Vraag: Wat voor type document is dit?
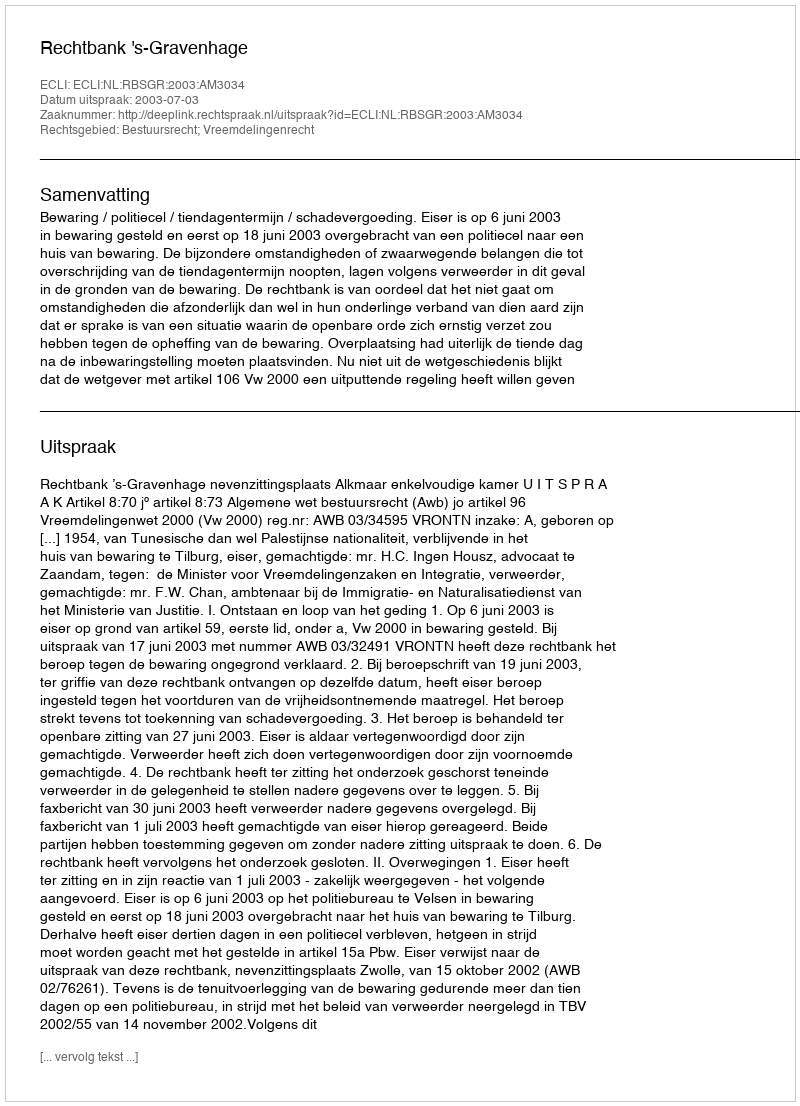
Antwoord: Uitspraak